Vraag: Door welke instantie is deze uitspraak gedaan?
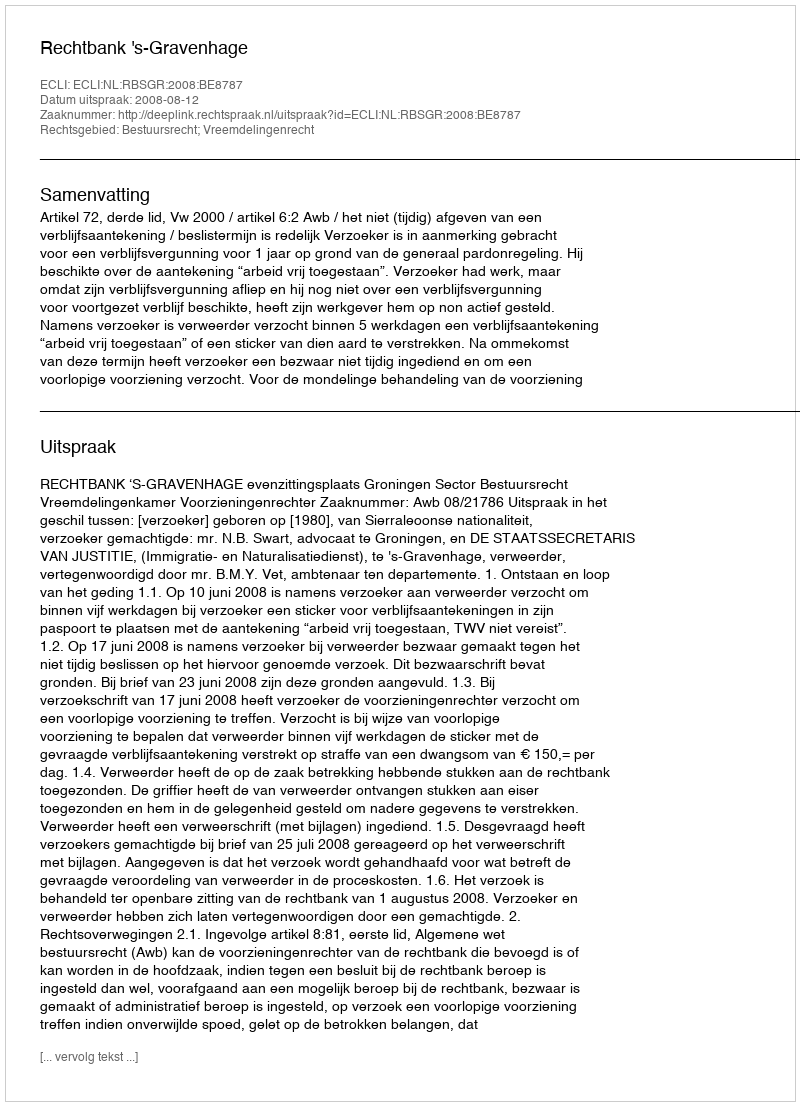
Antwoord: Rechtbank 's-Gravenhage